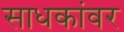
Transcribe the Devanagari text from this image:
साधकांवर